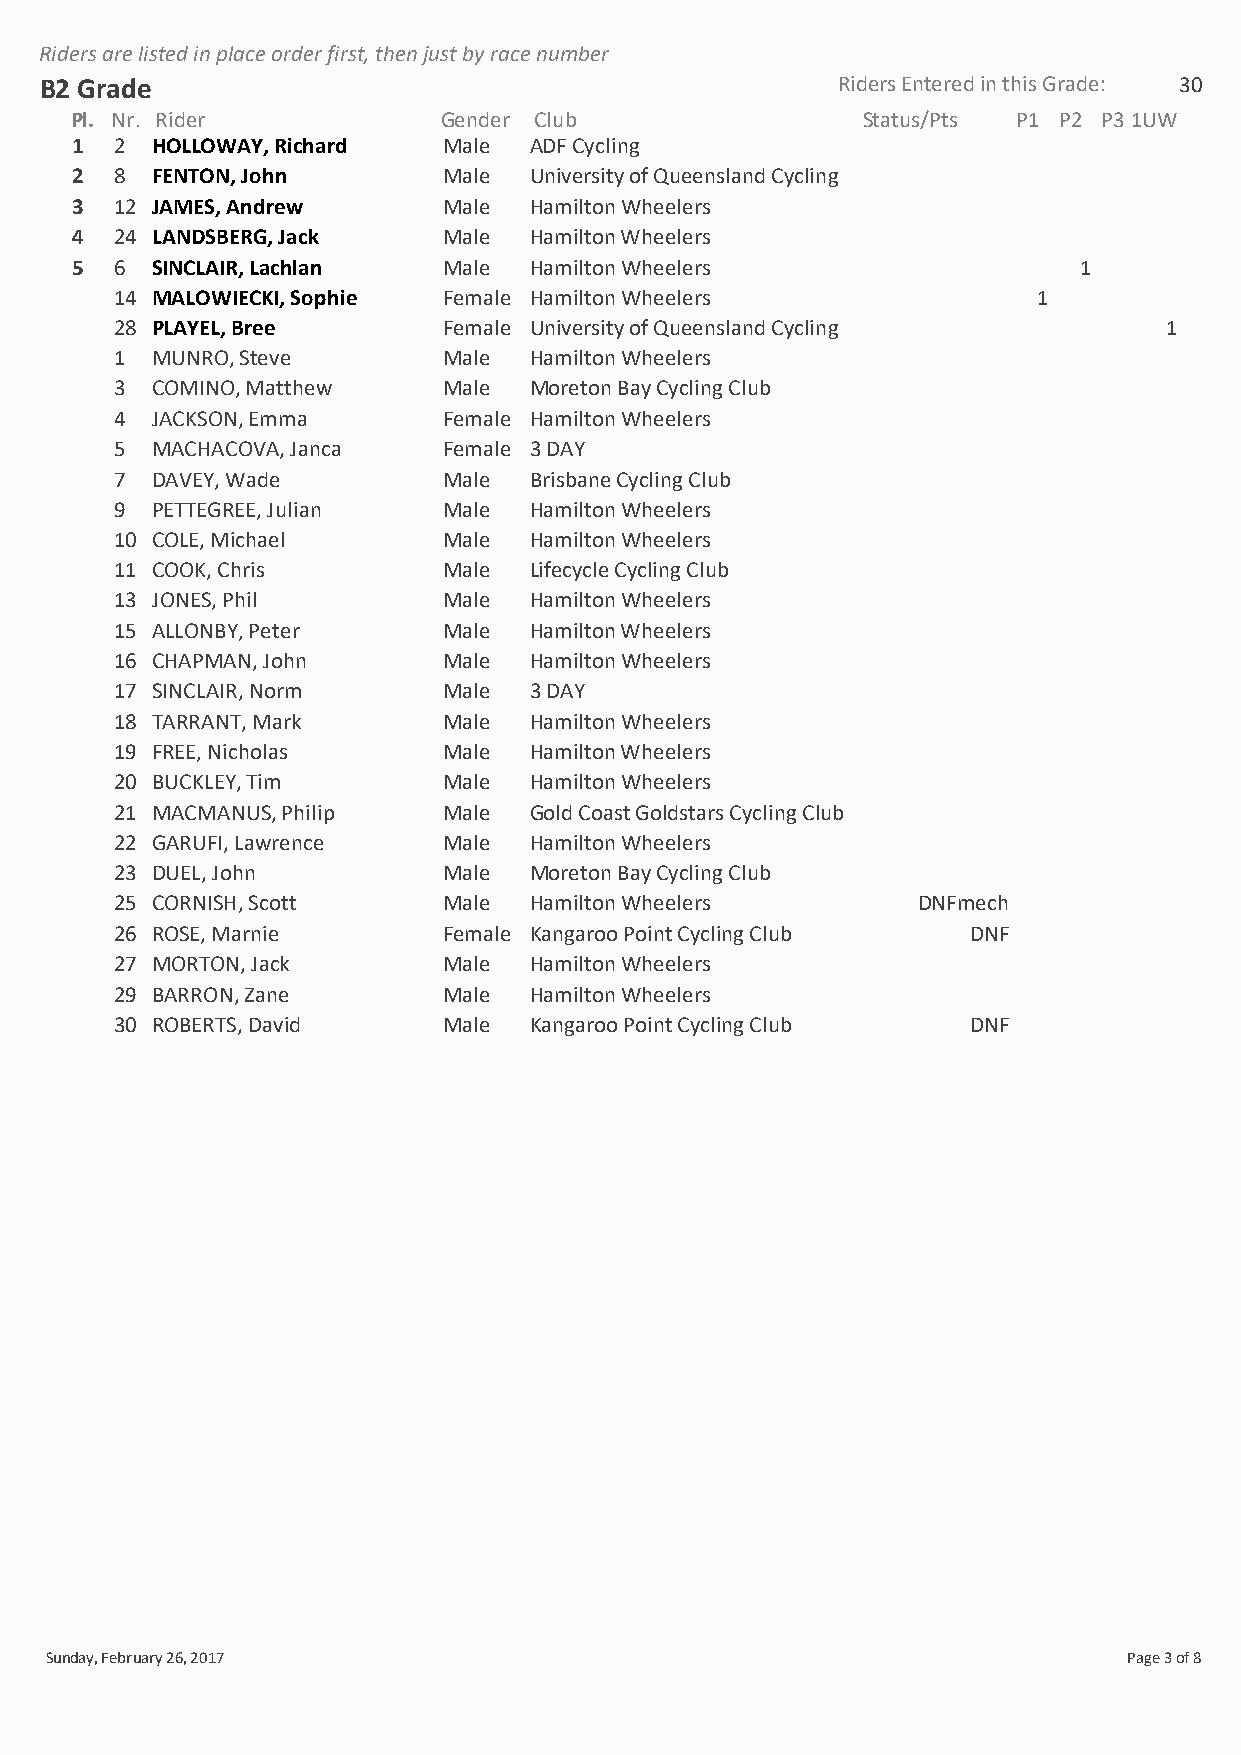
Riders are listed in place order first, then just by race number
 B2 Grade                                            Riders Entered in this Grade: 30
 Pl. Nr. Rider           Gender Club                 Status/Pts P1 P2 P31UW
 1  2 HOLLOWAY, Richard  Male  ADF Cycling
 2  8 FENTON, John       Male  University of Queensland Cycling
 3  12 JAMES, Andrew     Male  Hamilton Wheelers
 4  24 LANDSBERG, Jack   Male  Hamilton Wheelers
 5  6 SINCLAIR, Lachlan  Male  Hamilton Wheelers                   1
 14 MALOWIECKI, Sophie Female Hamilton Wheelers               1
 28 PLAYEL, Bree      Female University of Queensland Cycling         1
 1 MUNRO, Steve       Male  Hamilton Wheelers
 3 COMINO, Matthew    Male  Moreton Bay Cycling Club
 4 JACKSON, Emma      Female Hamilton Wheelers
 5 MACHACOVA, Janca   Female 3 DAY
 7 DAVEY, Wade        Male  Brisbane Cycling Club
 9 PETTEGREE, Julian  Male  Hamilton Wheelers
 10 COLE, Michael     Male  Hamilton Wheelers
 11 COOK, Chris       Male  Lifecycle Cycling Club
 13 JONES, Phil       Male  Hamilton Wheelers
 15 ALLONBY, Peter    Male  Hamilton Wheelers
 16 CHAPMAN, John     Male  Hamilton Wheelers
 17 SINCLAIR, Norm    Male  3 DAY
 18 TARRANT, Mark     Male  Hamilton Wheelers
 19 FREE, Nicholas    Male  Hamilton Wheelers
 20 BUCKLEY, Tim      Male  Hamilton Wheelers
 21 MACMANUS, Philip  Male  Gold Coast Goldstars Cycling Club
 22 GARUFI, Lawrence  Male  Hamilton Wheelers
 23 DUEL, John        Male  Moreton Bay Cycling Club
 25 CORNISH, Scott    Male  Hamilton Wheelers         DNFmech
 26 ROSE, Marnie      Female Kangaroo Point Cycling Club DNF
 27 MORTON, Jack      Male  Hamilton Wheelers
 29 BARRON, Zane      Male  Hamilton Wheelers
 30 ROBERTS, David    Male  Kangaroo Point Cycling Club  DNF
 Sunday, February 26, 2017                                               Page 3 of 8